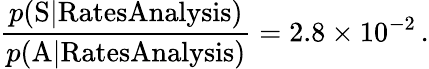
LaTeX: \frac{p(\mathrm{S}|\mathrm{RatesAnalysis})}{p(\mathrm{A}|\mathrm{RatesAnalysis})}=2.8\times 10^{-2}\, .